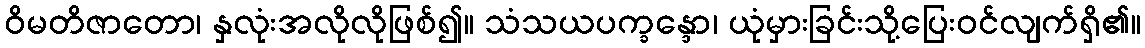
ဝိမတိဇာတော၊ နှလုံးအလိုလိုဖြစ်၍။ သံသယပက္ခန္ဒော၊ ယုံမှားခြင်းသို့ပြေးဝင်လျက်ရှိ၏။